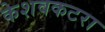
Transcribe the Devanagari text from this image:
केशवकटरा